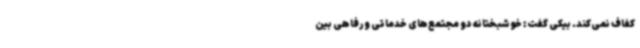
کفاف نمی‌کند. بیکی گفت: خوشبختانه دو مجتمع‌های خدماتی و رفاهی بین